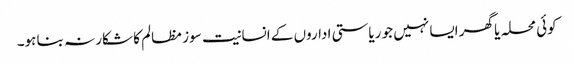
کوئی محلہ یا گھر ایسا نہیں جو ریاستی اداروں کے انسانیت سوز مظالم کا شکار نہ بنا ہو۔